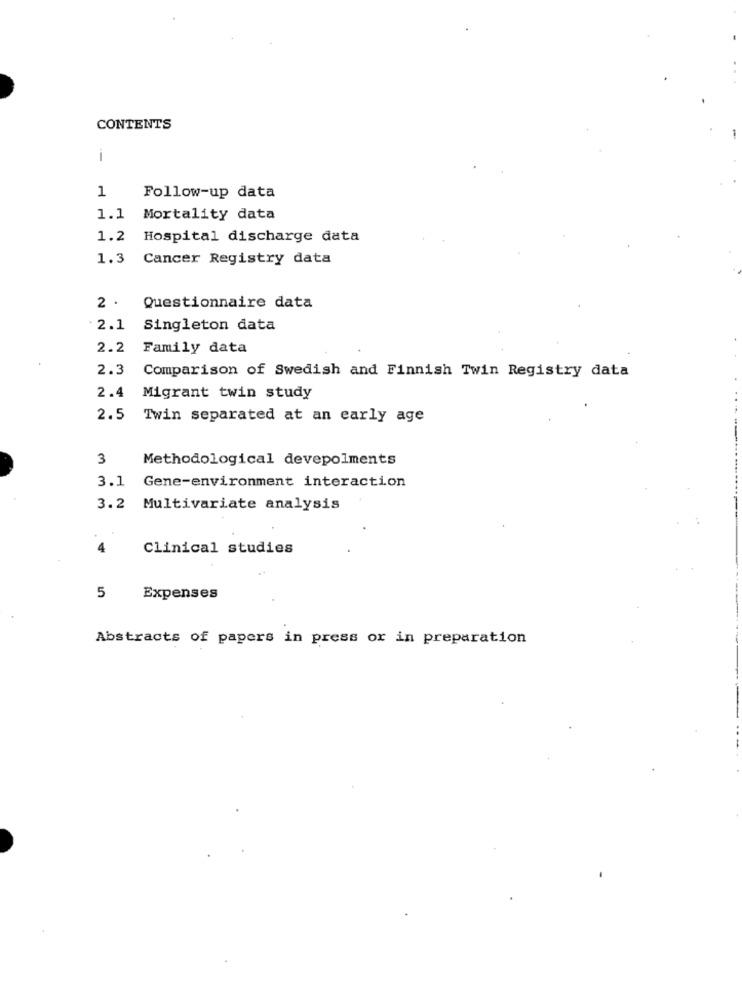
CONTENTS
1
1
Follow-up data
1.1
Mortality data
1.2
Hospital discharge data
1.3
Cancer Registry data
2 .
Questionnaire data
. 2.1
Singleton data
2.2
Family data
2.3
Comparison of Swedish and Finnish Twin Registry data
2.4
Migrant twin study
2.5
Twin separated at an early age
3
Methodological devepolments
3.1
Gene-environment interaction
3.2
Multivariate analysis
4
Clinical studies
5
Expenses
Abstracts of papers in press or in preparation